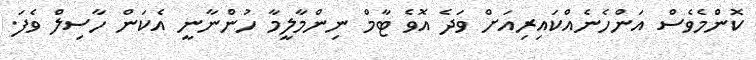
ކޮންމެވެސް އަންހެނެއްކައިރިއަށް ވަދެ އޮވެ ޓާމް ނިންމާލީމާ ހުންނާނީ އެކަން ހާސިލް ވެފަ.